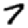
Digit: 7